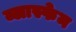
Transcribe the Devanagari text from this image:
ब्लास्फेम